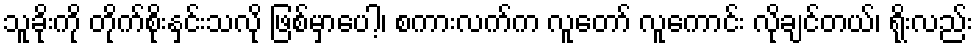
သူခိုးကို တိုက်စိုးနှင်းသလို ဖြစ်မှာပေါ့၊ စကားလက်က လူတော် လူကောင်း လိုချင်တယ်၊ ရိုးလည်း